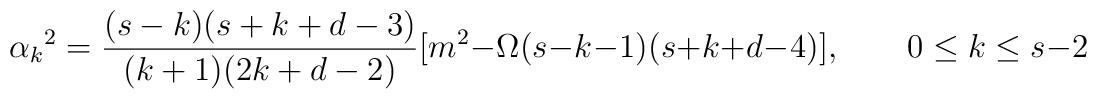
\alpha_k{}^2 = \frac{(s-k)(s+k+d-3)}{(k+1)(2k+d-2)} [m^2 - \Omega(s-k-1)(s+k+d-4)], \qquad 0 \le k \le s-2